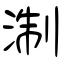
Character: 淛